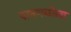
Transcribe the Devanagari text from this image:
पानगळीला